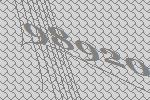
98920